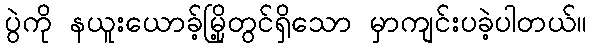
ပွဲကို နယူးယောခ့်မြို့တွင်ရှိသော မှာကျင်းပခဲ့ပါတယ်။